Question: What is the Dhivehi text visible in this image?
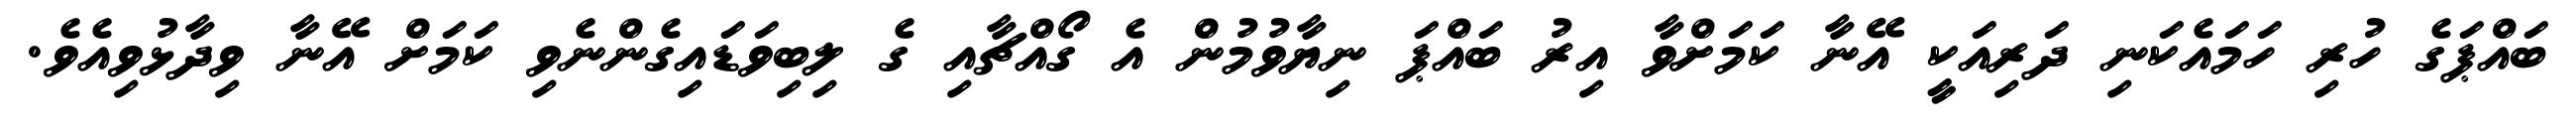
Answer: ބައްޕަގެ ހުރި ހަމައެކަނި ދަރިއަކީ އޭނާ ކަމަށްވާ އިރު ބައްޕަ ނިޔާވުމުން އެ ގޯއްޗާއި ގެ ލިބިވަޑައިގެންނެވި ކަމަށް އޭނާ ވިދާޅުވިއެވެ.